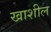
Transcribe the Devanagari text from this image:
खाशील